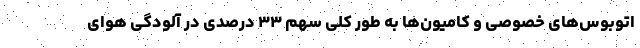
اتوبوس‌های خصوصی و کامیون‌ها به طور کلی سهم ۳۳ درصدی در آلودگی هوای